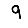
Digit: 9